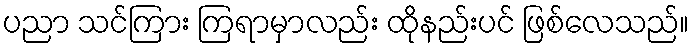
ပညာ သင်ကြား ကြရာမှာလည်း ထိုနည်းပင် ဖြစ်လေသည်။